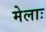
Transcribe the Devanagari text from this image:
मेलाः